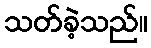
သတ်ခဲ့သည်။